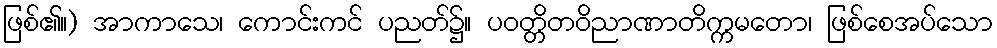
ဖြစ်၏။) အာကာသေ၊ ကောင်းကင် ပညတ်၌။ ပဝတ္တိတဝိညာဏာတိက္ကမတော၊ ဖြစ်စေအပ်သော